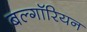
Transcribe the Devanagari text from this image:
बल्गॉरियन